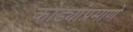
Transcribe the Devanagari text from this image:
कोड्यांप्रमाणे